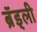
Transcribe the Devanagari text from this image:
ब्रॅड्ली